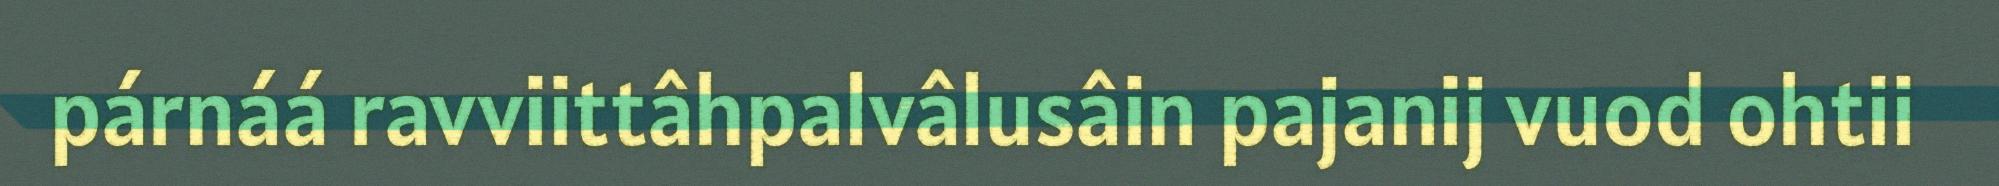
párnáá ravviittâhpalvâlusâin pajanij vuod ohtii